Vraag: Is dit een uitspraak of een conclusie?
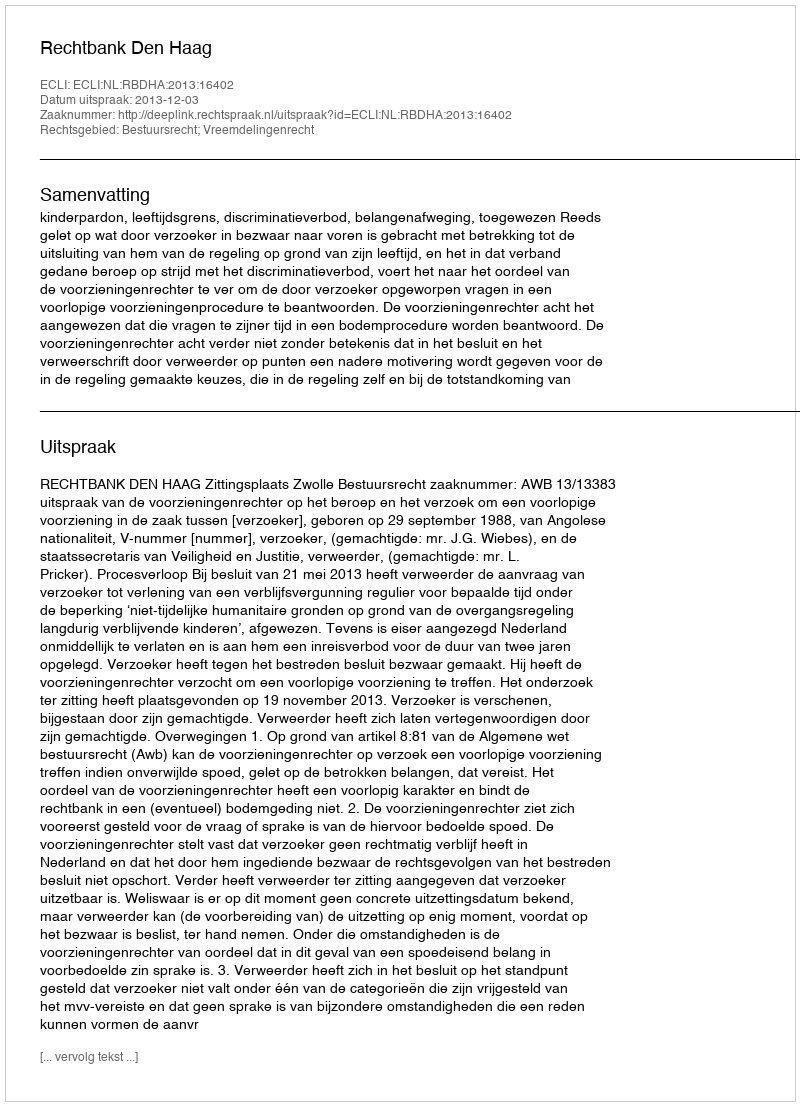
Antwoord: Uitspraak